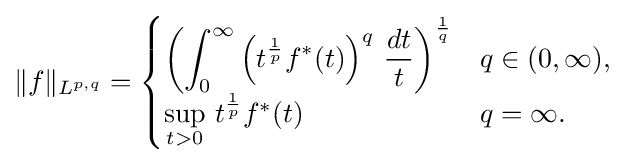
\|f\|_{L^{p,q}}={\begin{cases}\left(\displaystyle \int _{0}^{\infty }\left(t^{\frac {1}{p}}f^{\ast }(t)\right)^{q}\,{\frac {dt}{t}}\right)^{\frac {1}{q}}&q\in (0,\infty ),\\\sup \limits _{t>0}\,t^{\frac {1}{p}}f^{\ast }(t)&q=\infty .\end{cases}}